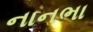
નાનભા